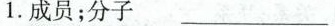
1.成员；分子 ___